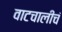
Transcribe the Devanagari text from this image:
वाटचालीचं